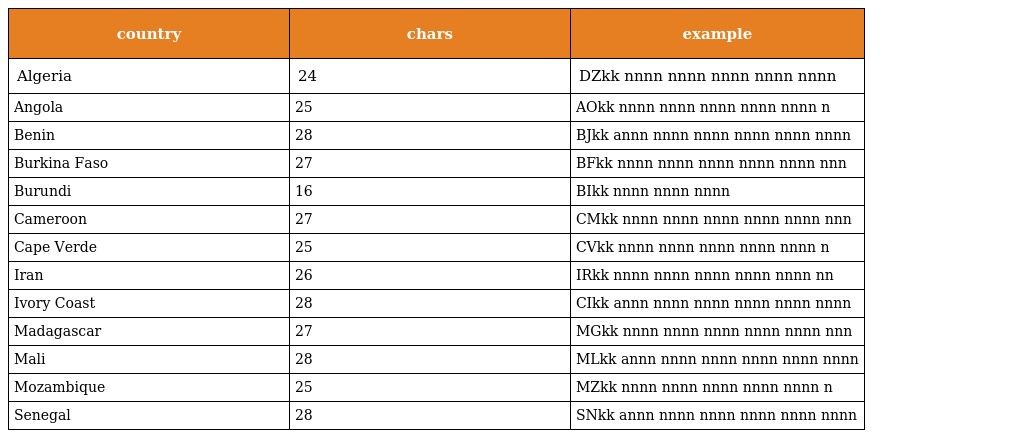
| country | chars | example |
 | --- | --- | --- |
 | Algeria | 24 | DZkk nnnn nnnn nnnn nnnn nnnn |
 | Angola | 25 | AOkk nnnn nnnn nnnn nnnn nnnn n |
 | Benin | 28 | BJkk annn nnnn nnnn nnnn nnnn nnnn |
 | Burkina Faso | 27 | BFkk nnnn nnnn nnnn nnnn nnnn nnn |
 | Burundi | 16 | BIkk nnnn nnnn nnnn |
 | Cameroon | 27 | CMkk nnnn nnnn nnnn nnnn nnnn nnn |
 | Cape Verde | 25 | CVkk nnnn nnnn nnnn nnnn nnnn n |
 | Iran | 26 | IRkk nnnn nnnn nnnn nnnn nnnn nn |
 | Ivory Coast | 28 | CIkk annn nnnn nnnn nnnn nnnn nnnn |
 | Madagascar | 27 | MGkk nnnn nnnn nnnn nnnn nnnn nnn |
 | Mali | 28 | MLkk annn nnnn nnnn nnnn nnnn nnnn |
 | Mozambique | 25 | MZkk nnnn nnnn nnnn nnnn nnnn n |
 | Senegal | 28 | SNkk annn nnnn nnnn nnnn nnnn nnnn |